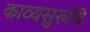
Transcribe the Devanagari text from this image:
काव्यसुरुचि